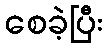
စေခဲ့ပြီး